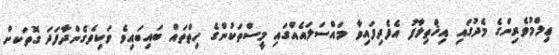
ޢިލްމުވެރިންގެ މެދުގައި އިޚްތިލާފު އެފެދިފައިވާ މައްސަލައެއްގައި މީސްތަކުންގެ ހިތްތައް ބައިބައިވެ ވަކިވެގެންދާފަދަ ގޮތަކށް